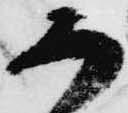
ろ